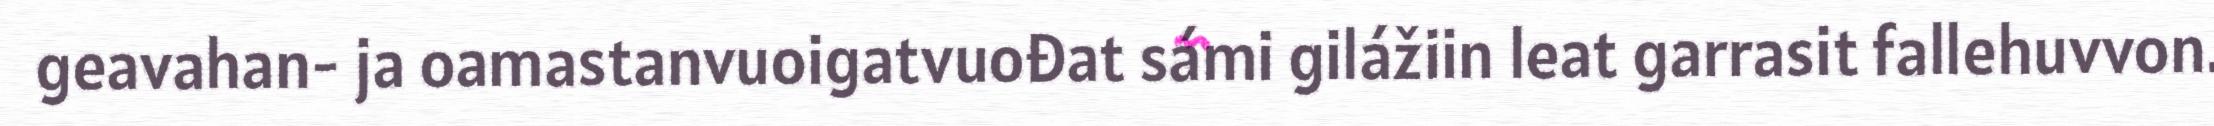
geavahan- ja oamastanvuoigatvuođat sámi gilážiin leat garrasit fallehuvvon.